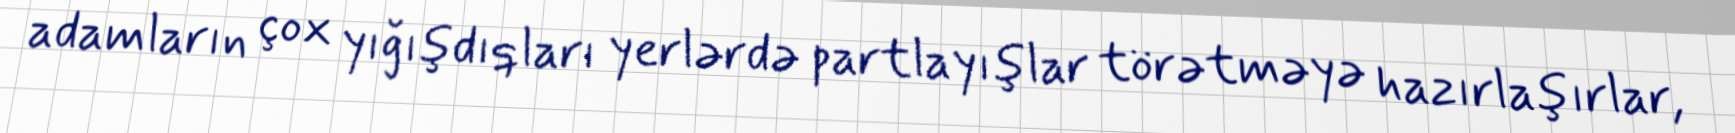
adamların çox yığışdıqları yerlərdə partlayışlar törətməyə hazırlaşırlar,